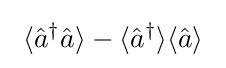
~\langle {\hat {a}}^{\dagger }{\hat {a}}\rangle -\langle {\hat {a}}^{\dagger }\rangle \langle {\hat {a}}\rangle ~